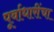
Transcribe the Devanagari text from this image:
पूर्वाधारींचा